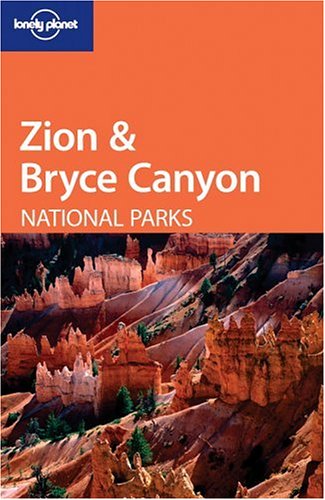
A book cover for Zion & Bryce Canyon National Parks (Lonely Planet); Jeff Campbell; Travel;